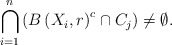
\begin{align*}\bigcap_{i=1}^{n}\left( B\left( X_{i},r\right) ^{c}\cap C_{j}\right) \neq\emptyset . \end{align*}